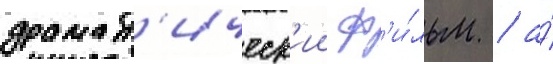
драмат'ическ'ии ф'и́льм / а́